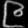
Digit: ၉